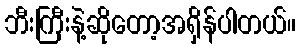
ဘီးကြီးနဲ့ဆိုတော့အရှိန်ပါတယ်။